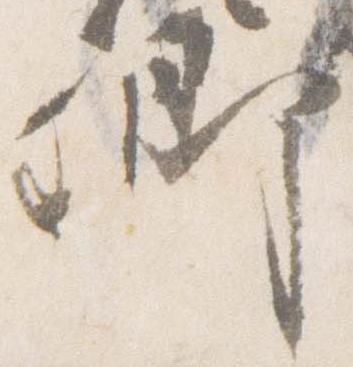
卿